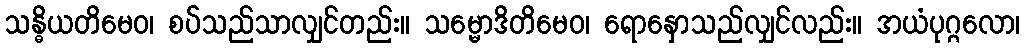
သန္ဓိယတိမေဝ၊ စပ်သည်သာလျှင်တည်း။ သမ္မောဒိတိမေဝ၊ ရောနှောသည်လျှင်လည်း။ အယံပုဂ္ဂလော၊